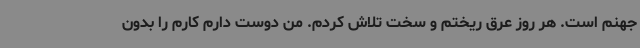
جهنم است. هر روز عرق ریختم و سخت تلاش کردم. من دوست دارم کارم را بدون